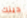
دينك